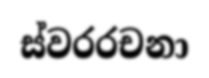
ස්වරරචනා